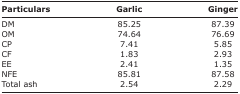
<table><thead><tr><td><b>Particulars</b></td><td><b>Garlic</b></td><td><b>Ginger</b></td></tr></thead><tbody><tr><td>DM</td><td>85.25</td><td>87.39</td></tr><tr><td>OM</td><td>74.64</td><td>76.69</td></tr><tr><td>CP</td><td>7.41</td><td>5.85</td></tr><tr><td>CF</td><td>1.83</td><td>2.93</td></tr><tr><td>EE</td><td>2.41</td><td>1.35</td></tr><tr><td>NFE</td><td>85.81</td><td>87.58</td></tr><tr><td>Total ash</td><td>2.54</td><td>2.29</td></tr></tbody></table>